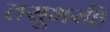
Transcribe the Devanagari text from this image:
तसूभरहि